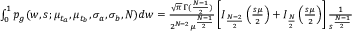
\begin{array} { r } { \int _ { 0 } ^ { 1 } p _ { g } ( w , s ; \mu _ { t _ { a } } , \mu _ { t _ { b } } , \sigma _ { a } , \sigma _ { b } , N ) d w = \frac { \sqrt { \pi } \, \Gamma ( \frac { N - 1 } { 2 } ) } { 2 ^ { N - 2 } \mu ^ { \frac { N - 1 } { 2 } } } \left[ I _ { \frac { N - 2 } { 2 } } \left( \frac { s \mu } { 2 } \right) + I _ { \frac { N } { 2 } } \left( \frac { s \mu } { 2 } \right) \right] \frac { 1 } { s ^ { \frac { N - 1 } { 2 } } } } \end{array}